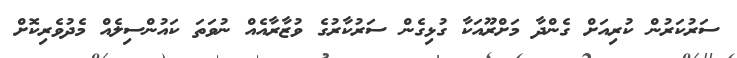
ސަރުކަރުން ކުރިއަށް ގެންދާ މަށްރޫޫއަކާ ގުޅިގެން ސަރުކާރުގެ ވުޒާރާއެއް ނުވަތަ ކައުންސިލެއް މެދުވެރިކޮށް